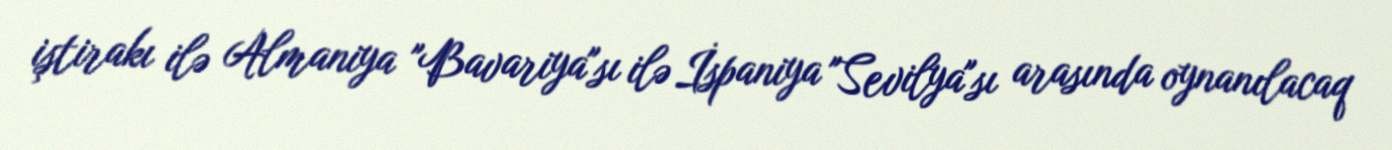
iştirakı ilə Almaniya "Bavariya"sı ilə İspaniya "Sevilya"sı arasında oynanılacaq